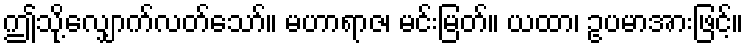
ဤသို့လျှောက်လတ်သော်။ မဟာရာဇ၊ မင်းမြတ်။ ယထာ၊ ဥပမာအားဖြင့်။